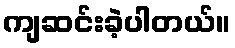
ကျဆင်းခဲ့ပါတယ်။